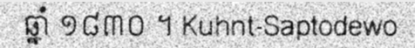
ឆ្នាំ ១៨៣០ ។ Kuhnt-Saptodewo